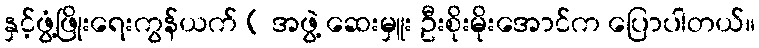
နှင့်ဖွံ့ဖြိုးရေးကွန်ယက် ( အဖွဲ့ ဆေးမှူး ဦးစိုးမိုးအောင်က ပြောပါတယ်။